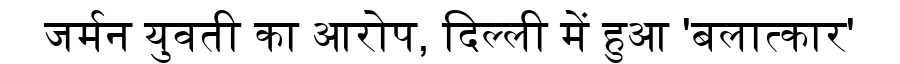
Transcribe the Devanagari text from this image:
जर्मन युवती का आरोप, दिल्ली में हुआ 'बलात्कार'